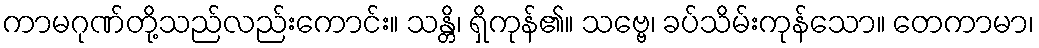
ကာမဂုဏ်တို့သည်လည်းကောင်း။ သန္တိ၊ ရှိကုန်၏။ သဗ္ဗေ၊ ခပ်သိမ်းကုန်သော။ တေကာမာ၊